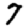
Digit: 7